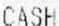
CASH